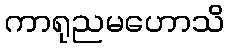
ကာရုညမဟောသိ